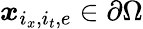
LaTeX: \boldsymbol{x}_{i_{x},i_{t},e}\in\partial\Omega